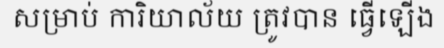
សម្រាប់ ការិយាល័យ ត្រូវបាន ធ្វើឡើង